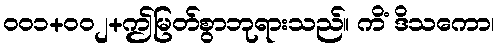
၀၀၁+၀၀၂+ဤမြတ်စွာဘုရားသည်။ ကိံ ဒိသကော၊